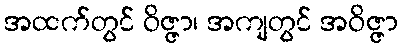
အထက်တွင် ဝိဇ္ဇာ၊ အကျတွင် အဝိဇ္ဇာ